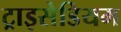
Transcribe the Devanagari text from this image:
ट्राइसेडियम